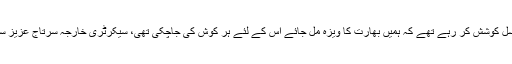
اس دوران ہم مسلسل کوشش کر رہے تھے کہ ہمیں بھارت کا ویزہ مل جائے اس کے لئے ہر کوش کی جاچکی تھی، سیکرٹری خارجہ سرتاج عزیز سے رابطہ کیا گیا۔